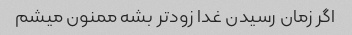
اگر زمان رسیدن غدا زودتر بشه ممنون میشم